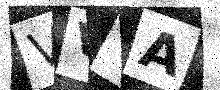
Text: VVYA